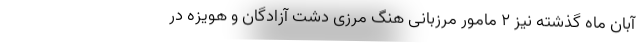
آبان ماه گذشته نیز ۲ مامور مرزبانی هنگ مرزی دشت آزادگان و هویزه در